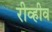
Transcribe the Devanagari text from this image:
रीव्हीव